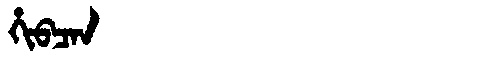
Manchu: ᡥᡳᠪᠴᠠᠨ
Romanization: HIBCAN